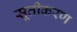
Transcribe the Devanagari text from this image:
सूतीकरण